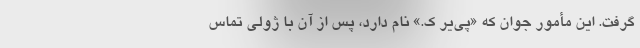
گرفت. این مأمور جوان که «پی‌یر ک.» نام دارد، پس از آن با ژولی تماس